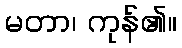
မတာ၊ ကုန်၏။